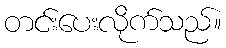
တင်းပေးလိုက်သည်။